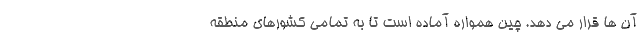
آن ها قرار می دهد. چین همواره آماده است تا به تمامی کشورهای منطقه